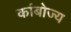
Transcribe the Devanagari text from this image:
कांबोज्य